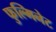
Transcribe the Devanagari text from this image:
फुल्मिनेट